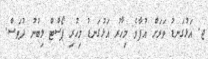
ޖ. އަޅުގަނޑު ވަރަށް އުފާވެ މިހާރު އަޅުގަނޑު މިހުރި ޕޯސްޓް ލިބުނު ދުވަސް.